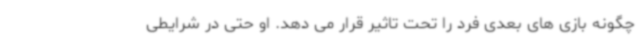
چگونه بازی های بعدی فرد را تحت تاثیر قرار می دهد. او حتی در شرایطی